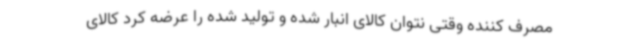
مصرف کننده وقتی نتوان کالای انبار شده و تولید شده را عرضه کرد کالای